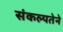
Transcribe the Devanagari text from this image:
संकल्पतेने